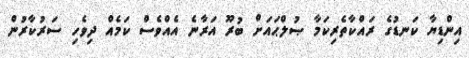
އިންޑިޔާ ކަނޑުގެ ރައްކާތެރިކަމާ ޞުލްޙައަށް ބުރޫ އަރާނެ އެއްވެސް ކަމެއް ދިވެހި ސަރުކާރުން